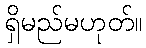
ရှိမည်မဟုတ်။